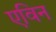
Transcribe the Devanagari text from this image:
एविन